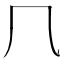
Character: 𠘨